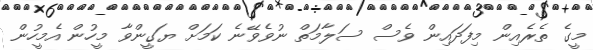
މީގެ ތެރެއިން މިފަދައިން ވެސް ސަލާމަތް ނުވެވޭނެ ކަމަށް ޔަގީންވާ މީހުން އެމީހުން